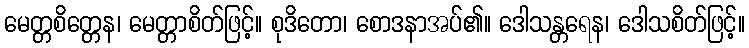
မေတ္တစိတ္တေန၊ မေတ္တာစိတ်ဖြင့်။ စုဒိတော၊ စောဒနာအပ်၏။ ဒေါသန္တရေန၊ ဒေါသစိတ်ဖြင့်။